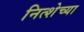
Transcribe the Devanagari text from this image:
नित्शेच्या